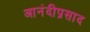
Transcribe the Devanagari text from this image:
आनंदीप्रसाद